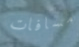
مسافات